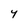
Character: Y